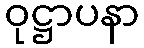
ဝုဋ္ဌာပနာ